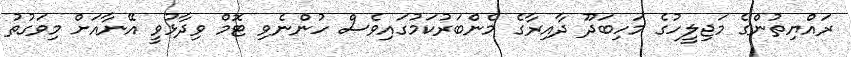
ރައްޔިތުންގެ މަޖިލީހުގެ މަހިބަދޫ ދާއިރާގެ މެންބަރުކަމުގައިވެސް ހުންނެވި ޓޮމް ވިދާޅުވީ އޭނާއަށް މިވަގުތު